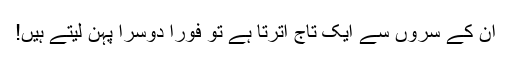
ان کے سروں سے ایک تاج اترتا ہے تو فوراً دوسرا پہن لیتے ہیں!